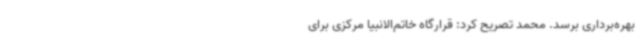
بهره‌برداری برسد. محمد تصریح کرد: قرارگاه خاتم‌الانبیا مرکزی برای